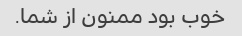
خوب بود ممنون از شما.